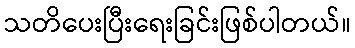
သတိပေးပြီးရေးခြင်းဖြစ်ပါတယ်။